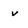
Character: v